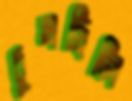
চুষছিলি